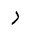
Letter: _ra